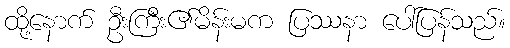
ထို့နောက် ဦးကြီး၏မိန်းမက ပြဿနာ ပေါ်ပြန်သည်။